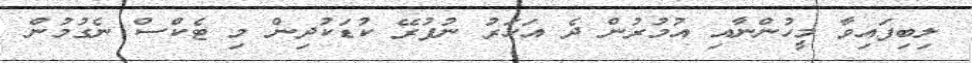
ލިބިފައިވާ މީހުންނާއި އުމުރުން ދެ އަހަރު ނުފުރޭ ކުޑަކުދިން މި ޓެކްސް ނެގުމުން